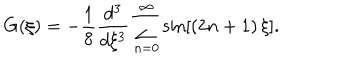
LaTeX: G ( \xi ) = - \frac { 1 } { 8 } \frac { d ^ { 3 } } { d \xi ^ { 3 } } \sum _ { n = 0 } ^ { \infty } \sin \left[ \left( 2 n + 1 \right) \xi \right] .